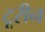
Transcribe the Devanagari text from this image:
टूरीन